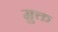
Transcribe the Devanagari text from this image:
मु़क्त